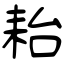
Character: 耛